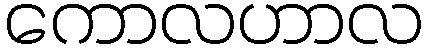
ကောလဟာလ